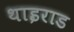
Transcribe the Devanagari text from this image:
थाइराड